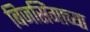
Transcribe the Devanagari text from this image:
बिजसिंगाच्या